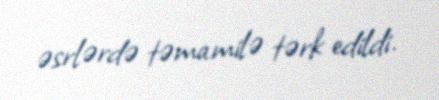
əsrlərdə təmamilə tərk edildi.